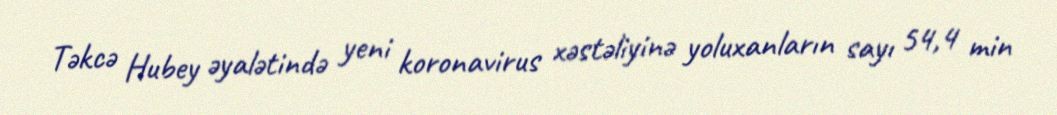
Təkcə Hubey əyalətində yeni koronavirus xəstəliyinə yoluxanların sayı 54,4 min